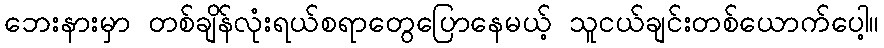
ဘေးနားမှာ တစ်ချိန်လုံးရယ်စရာတွေပြောနေမယ့် သူငယ်ချင်းတစ်ယောက်ပေါ့။